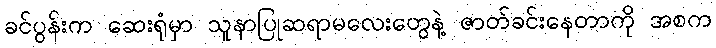
ခင်ပွန်းက ဆေးရုံမှာ သူနာပြုဆရာမလေးတွေနဲ့ ဇာတ်ခင်းနေတာကို အစက